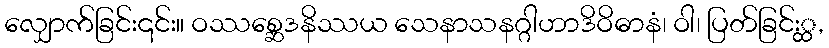
လျှောက်ခြင်း၎င်း။ ဝဿစ္ဆေဒနိဿယ သေနာသနဂ္ဂါဟာဒိဝိဓာနံ၊ ဝါ၊ ပြတ်ခြင်း္ထ,